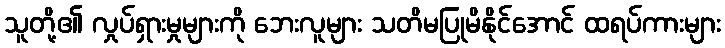
သူတို့၏ လှုပ်ရှားမှုများကို ဘေးလူများ သတိမပြုမိနိုင်အောင် ထရပ်ကားများ